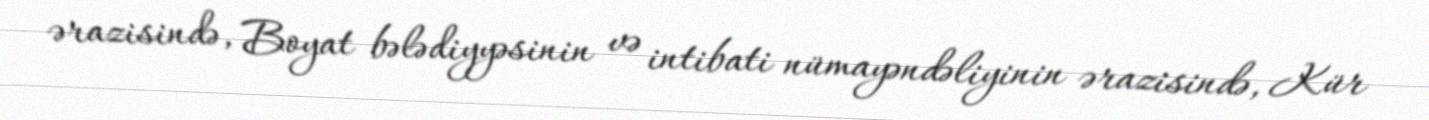
ərazisində, Boyat bələdiyyəsinin və intibati nümayəndəliyinin ərazisində, Kür